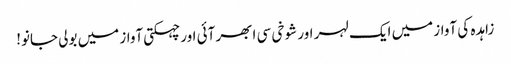
زاہدہ کی آواز میں ایک لہر اور شوخی سی ابھر آئی اور چہکتی آواز میں بولی جانو!